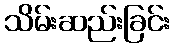
သိမ်းဆည်းခြင်း